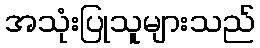
အသုံးပြုသူများသည်